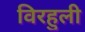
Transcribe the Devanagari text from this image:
विरहुली